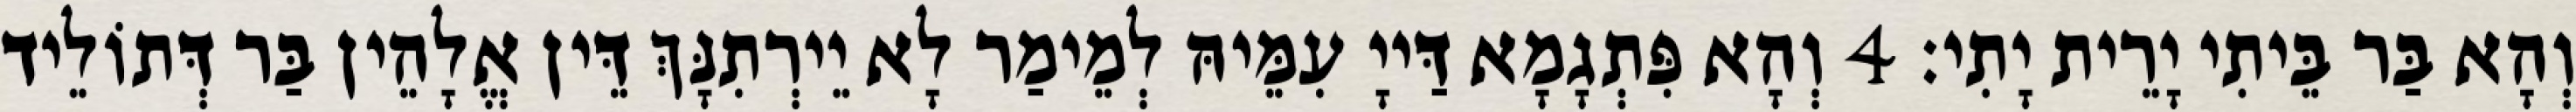
וְהָא בַּר בֵּיתִי יָרֵית יָתִי׃ 4 וְהָא פִּתְגָמָא דַּייָ עִמֵּיהּ לְמֵימַר לָא יֵירְתִנָּךְ דֵּין אֱלָהֵין בַּר דְּתוֹלֵיד